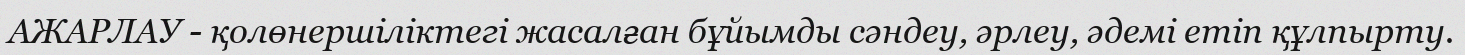
АЖАРЛАУ - қолөнершіліктегі жасалған бұйымды сәндеу, әрлеу, әдемі етіп құлпырту.